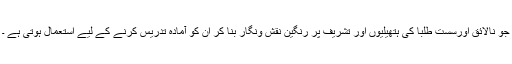
جو نالائق اورسست طلبا کی ہتھیلیوں اور تشریف پر رنگین نقش ونگار بنا کر ان کو آمادہ تدریس کرنے کے لیے استعمال ہوتی ہے ۔